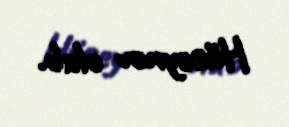
Hüseynov olub.